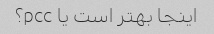
اینجا بهتر است یا pcc؟